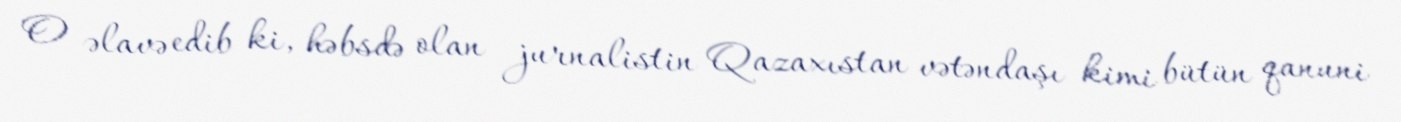
O əlavə edib ki, həbsdə olan jurnalistin Qazaxıstan vətəndaşı kimi bütün qanuni